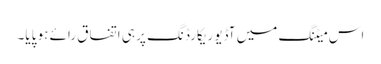
اس میٹنگ میں آڈیو ریکارڈنگ پر ہی اتفاق رائے ہو پایا۔